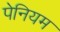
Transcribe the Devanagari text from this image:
पेनियम